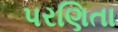
પરણિતા